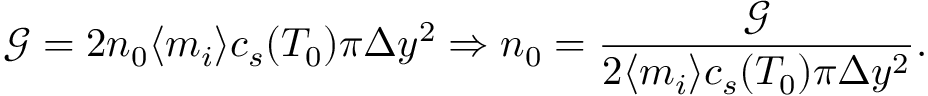
\mathcal { G } = 2 n _ { 0 } \langle m _ { i } \rangle c _ { s } ( T _ { 0 } ) \pi \Delta y ^ { 2 } \Rightarrow n _ { 0 } = \frac { \mathcal { G } } { 2 \langle m _ { i } \rangle c _ { s } ( T _ { 0 } ) \pi \Delta y ^ { 2 } } .